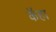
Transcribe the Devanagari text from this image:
कँहा